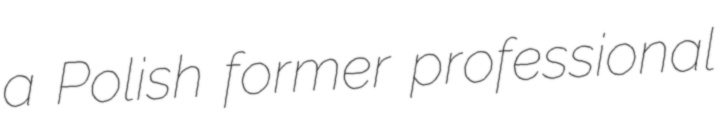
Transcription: a Polish former professional